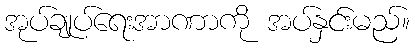
အုပ်ချုပ်ရေးအာဏာကို အပ်နှင်းမည်။